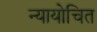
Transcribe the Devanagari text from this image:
न्‍यायोचित